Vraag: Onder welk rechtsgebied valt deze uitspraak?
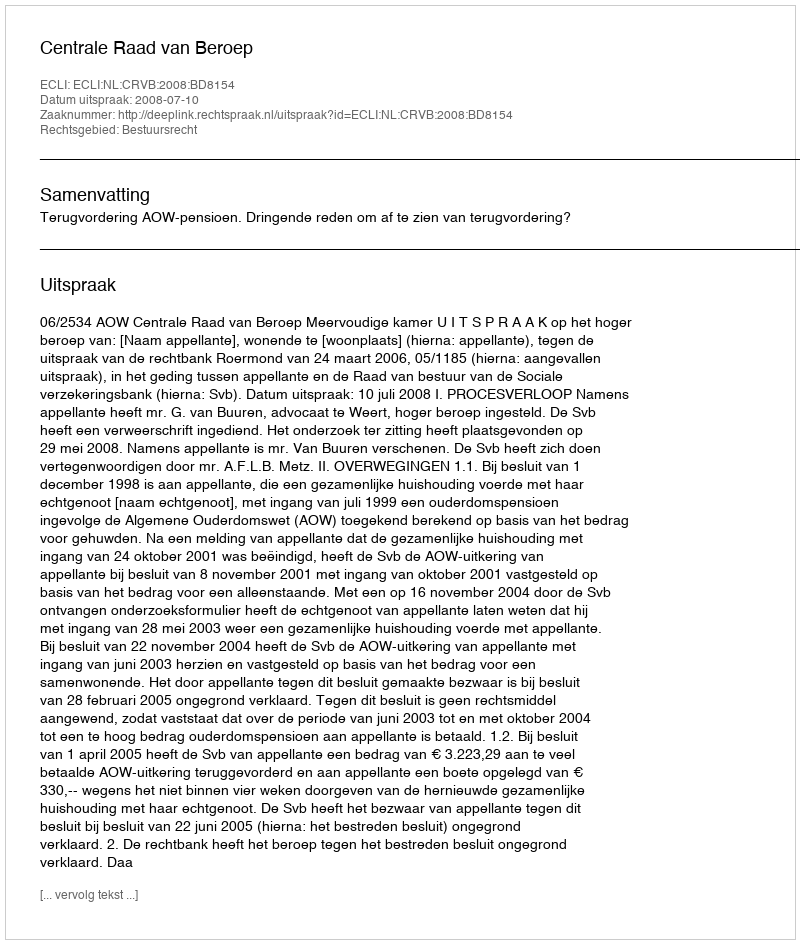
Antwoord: Bestuursrecht